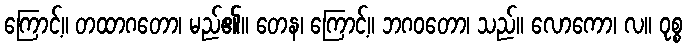
ကြောင့်။ တထာဂတော၊ မည်၏။ တေန၊ ကြောင့်။ ဘဂဝတော၊ သည်။ လောကော၊ လ။ ဝုစ္စ